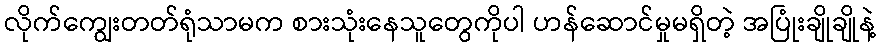
လိုက်ကျွေးတတ်ရုံသာမက စားသုံးနေသူတွေကိုပါ ဟန်ဆောင်မှုမရှိတဲ့ အပြုံးချိုချိုနဲ့